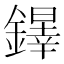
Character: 𨬵